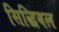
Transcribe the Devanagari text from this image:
सिद्धिबल